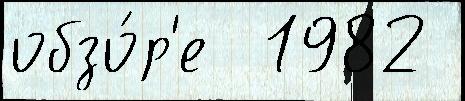
обзо́р'е  1982